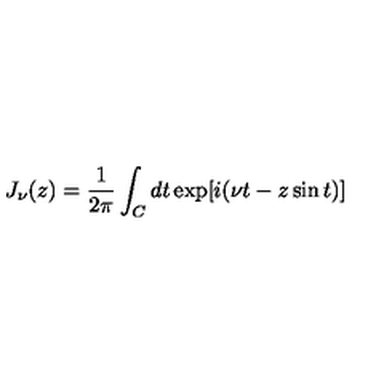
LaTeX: J _ { \nu } ( z ) = \frac { 1 } { 2 \pi } \int _ { C } d t \exp [ i ( \nu t - z \sin t ) ]